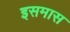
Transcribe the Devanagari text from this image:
इसमास